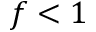
f < 1